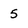
Character: 5